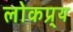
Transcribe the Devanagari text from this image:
लोकप्र्य